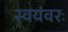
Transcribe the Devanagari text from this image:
स्वयंवरः